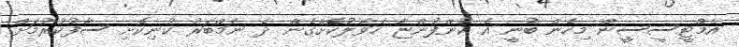
އެމްޓީސީސީން މިހެން ބުނީ އެ ކުންފުންޏާ ހަވާލުކޮށްގެން ދެ ނަމްބަރު ކުނިކޮށި ސާފުކުރުމަށް